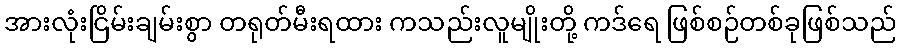
အားလုံးငြိမ်းချမ်းစွာ တရုတ်မီးရထား ကသည်းလူမျိုးတို့ ကဒ်ရေ ဖြစ်စဉ်တစ်ခုဖြစ်သည်